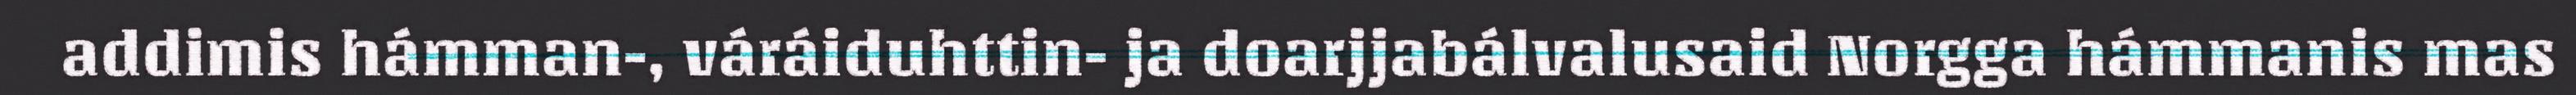
addimis hámman-, váráiduhttin- ja doarjjabálvalusaid Norgga hámmanis mas